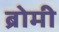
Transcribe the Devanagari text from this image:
ब्रोमी